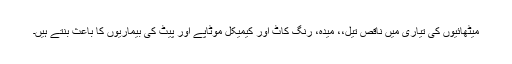
میٹھائیوں کی تیاری میں ناقص تیل،، میدہ، رنگ کاٹ اور کیمیکل موٹاپے اور پیٹ کی بیماریوں کا باعث بنتے ہیں۔